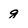
Character: g